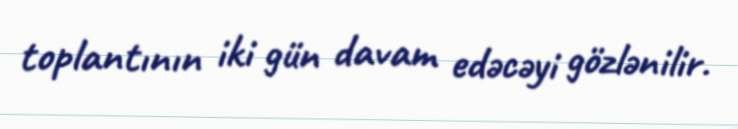
toplantının iki gün davam edəcəyi gözlənilir.